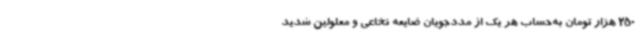
250 هزار تومان به‌حساب هر یک از مددجویان ضایعه نخاعی و معلولین شدید